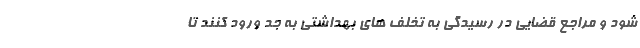
شود و مراجع قضایی در رسیدگی به تخلف های بهداشتی به جد ورود کنند تا